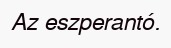
Az eszperantó.